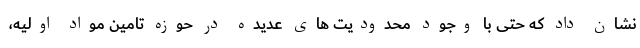
نشان داد که حتی با وجود محدودیت های عدیده در حوزه تامین مواد اولیه،